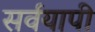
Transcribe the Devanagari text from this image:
सर्वयापी